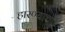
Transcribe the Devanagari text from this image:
हारण्याचा